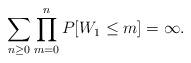
LaTeX: \begin{align*} \sum_{n\ge 0}\prod_{m=0}^nP[W_1\le m]=\infty.\end{align*}